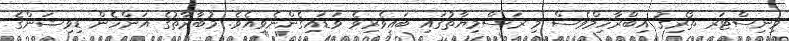
މިނިސްޓަރ ތޯރިޤު އިބްރާހިމްވެސް މި ރަސްމިޔާތުގައި ބައިވެރިވެ ވަޑައިގެންނެވިއެވެ. މުބާރާތުގެ އަންހެން ޑިވިޝަންގެ